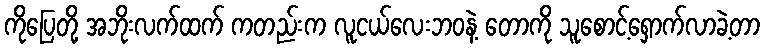
ကိုပြေတို့ အဘိုးလက်ထက် ကတည်းက လူငယ်လေးဘဝနဲ့ တောကို သူစောင့်ရှောက်လာခဲ့တာ